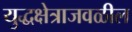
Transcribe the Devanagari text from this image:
युद्धक्षेत्राजवळील